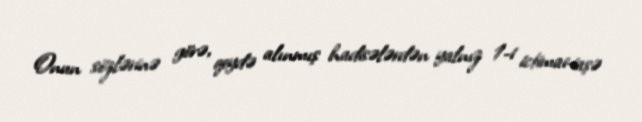
Onun sözlərinə görə, qeydə alınmış hadisələrdən yalnız 1-i ictimai-iaşə